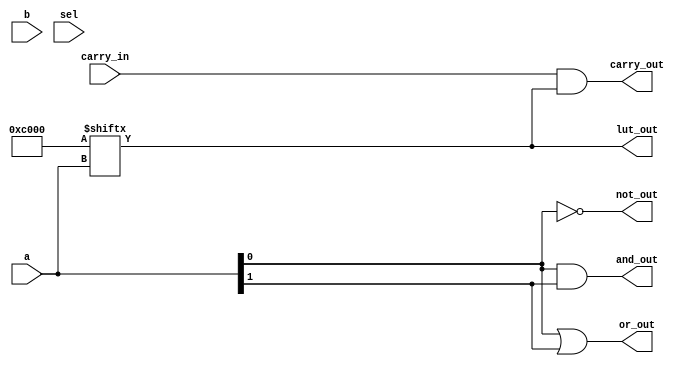
module CLB (
    input  wire [3:0]  a,         // 4-bit input for LUT
    input  wire [3:0]  b,         // Additional input for multiplexing
    input  wire        sel,       // Select signal for multiplexer
    input  wire        carry_in,   // Carry input for arithmetic operations
    output wire        carry_out,  // Carry output
    output wire        lut_out,    // Output from LUT
    output wire        and_out,    // Output from AND gate
    output wire        or_out,     // Output from OR gate
    output wire        not_out      // Output from NOT gate
);

    // 4-input LUT implementation
    reg [15:0] lut; // 16 possible combinations for a 4-input LUT

    // Configure the LUT (example: a simple AND function)
    always @(*) begin
        lut[0]  = 0; // 0000
        lut[1]  = 0; // 0001
        lut[2]  = 0; // 0010
        lut[3]  = 0; // 0011
        lut[4]  = 0; // 0100
        lut[5]  = 0; // 0101
        lut[6]  = 0; // 0110
        lut[7]  = 0; // 0111
        lut[8]  = 0; // 1000
        lut[9]  = 0; // 1001
        lut[10] = 0; // 1010
        lut[11] = 0; // 1011
        lut[12] = 0; // 1100
        lut[13] = 0; // 1101
        lut[14] = 1; // 1110
        lut[15] = 1; // 1111
    end

    assign lut_out = lut[{a[3], a[2], a[1], a[0]}]; // LUT output based on input 'a'

    // Multiplexer to select between LUT output and input b
    wire mux_out;
    assign mux_out = sel ? b[0] : lut_out;

    // Simple AND, OR, NOT gates
    assign and_out = a[0] & a[1]; // AND gate output
    assign or_out  = a[0] | a[1]; // OR gate output
    assign not_out = ~a[0];        // NOT gate output

    // Carry logic (simple example)
    assign carry_out = carry_in & lut_out; // Carry out based on carry in and LUT output

endmodule